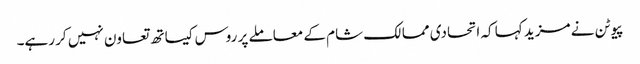
پیوٹن نے مزید کہا کہ اتحادی ممالک شام کے معاملے پر روس کیساتھ تعاون نہیں کر رہے۔